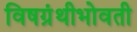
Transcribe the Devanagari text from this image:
विषग्रंथीभोवती